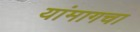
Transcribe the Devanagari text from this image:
यांमागचा